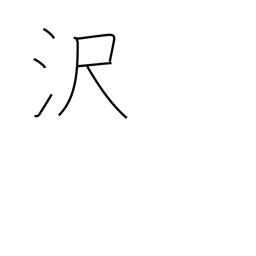
Meaning: brilliance